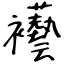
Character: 襼